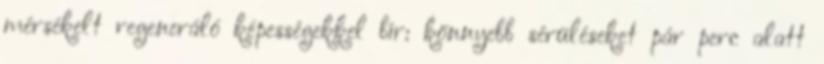
mérsékelt regeneráló képességekkel bír: könnyebb sérüléseket pár perc alatt